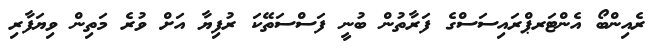
ރެއިންބޯ އެންޓަރޕްރައިސަސްގެ ފަރާތުން ބުނީ ފަސްސަތޭކަ ރުފިޔާ އަށް ވުރެ މަތިން ވިޔަފާރި